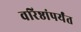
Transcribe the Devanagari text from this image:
वरिष्ठांपर्यंत